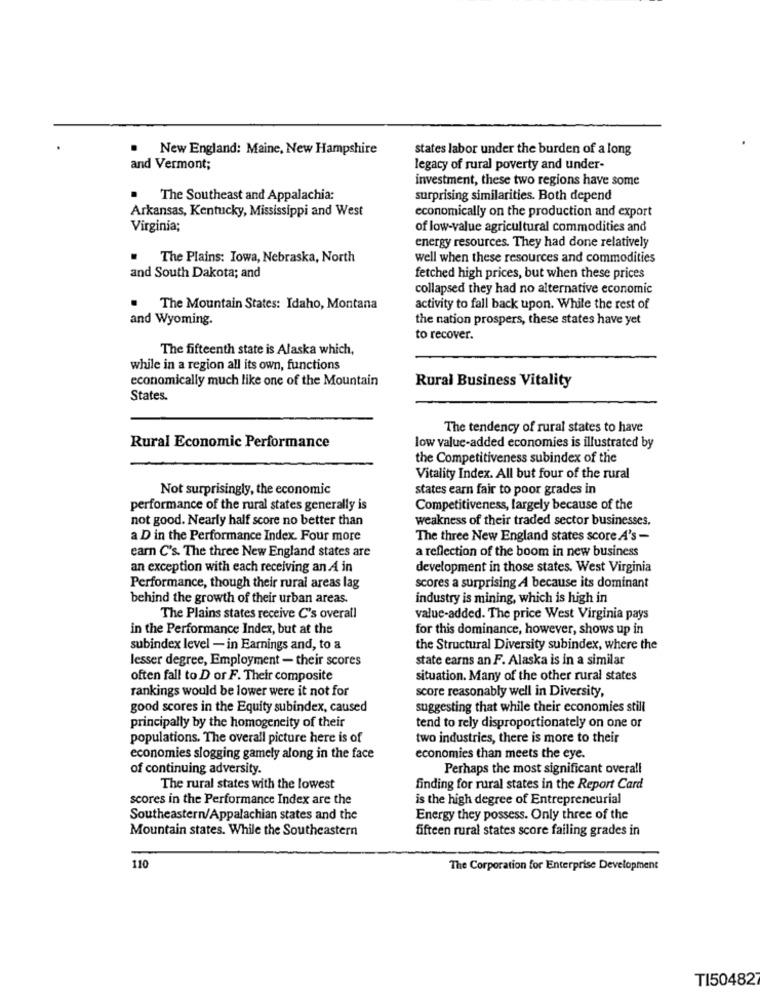
New England: Maine, New Hampshire
states labor under the burden of a long
and Vermont;
legacy of rural poverty and under-
investment, these two regions have some
The Southeast and Appalachia:
surprising similarities. Both depend
Arkansas, Kentucky, Mississippi and West
economically on the production and export
Virginia;
of low-value agricultural commodities and
energy resources. They had done relatively
.
The Plains: Iowa, Nebraska, North
well when these resources and commodities
and South Dakota; and
fetched high prices, but when these prices
collapsed they had no alternative economic
The Mountain States: Idaho, Montana
activity to fall back upon. While the rest of
and Wyoming.
the nation prospers, these states have yet
to recover.
The fifteenth state is Alaska which,
while in a region all its own, functions
economically much like one of the Mountain
Rural Business Vitality
States.
The tendency of rural states to have
Rural Economic Performance
low value-added economies is illustrated by
the Competitiveness subindex of the
Vitality Index. All but four of the rural
Not surprisingly, the economic
states earn fair to poor grades in
performance of the rural states generally is
Competitiveness, largely because of the
not good. Nearly half score no better than
weakness of their traded sector businesses.
a D in the Performance Index. Four more
The three New England states score A's -
earn C's. The three New England states are
a reflection of the boom in new business
an exception with each receiving an A in
development in those states. West Virginia
Performance, though their rural areas lag
scores a surprising A because its dominant
behind the growth of their urban areas.
industry is mining, which is high in
The Plains states receive C's overall
value-added. The price West Virginia pays
in the Performance Index, but at the
for this dominance, however, shows up in
subindex level - in Earnings and, to a
the Structural Diversity subindex, where the
lesser degree, Employment - their scores
state earns an F. Alaska is in a similar
often fall to D or F. Their composite
situation. Many of the other rural states
rankings would be lower were it not for
score reasonably well in Diversity,
good scores in the Equity subindex, caused
suggesting that while their economies still
principally by the homogeneity of their
tend to rely disproportionately on one or
populations. The overall picture here is of
two industries, there is more to their
economies slogging gamely along in the face
economies than meets the eye.
of continuing adversity.
Perhaps the most significant overall
The rural states with the lowest
finding for rural states in the Report Card
scores in the Performance Index are the
is the high degree of Entrepreneurial
Southeastern/Appalachian states and the
Energy they possess. Only three of the
Mountain states. While the Southeastern
fifteen rural states score failing grades in
110
The Corporation for Enterprise Development
TI50482